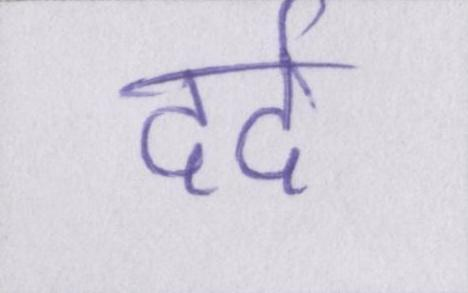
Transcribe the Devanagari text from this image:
दर्द